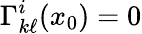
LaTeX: \Gamma_{k\ell}^{i}(x_{0})=0